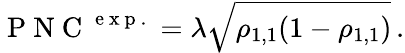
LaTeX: \mathrm{~P~N~C~}^{\mathrm{~e~x~p~.~}}=\lambda\sqrt{\rho_{1,1}(1-\rho_{1,1})}\, .